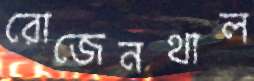
রোজেনথাল